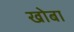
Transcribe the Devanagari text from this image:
खोबा